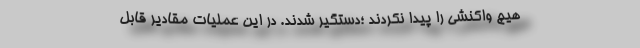
هیچ واکنشی را پیدا نکردند ؛دستگیر شدند. در این عملیات مقادیر قابل